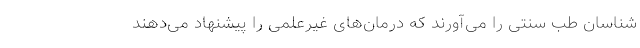
شناسان طب سنتی را می‌آورند که درمان‌های غیرعلمی را پیشنهاد می‌دهند